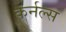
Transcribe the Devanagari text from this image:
कर्नल्स